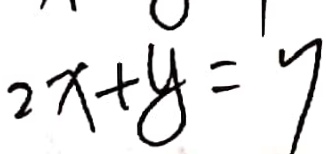
2 x + y = 7